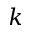
k